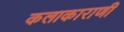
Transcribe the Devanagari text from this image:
कलाकाराणी